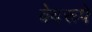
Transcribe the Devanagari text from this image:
वेदरूपें